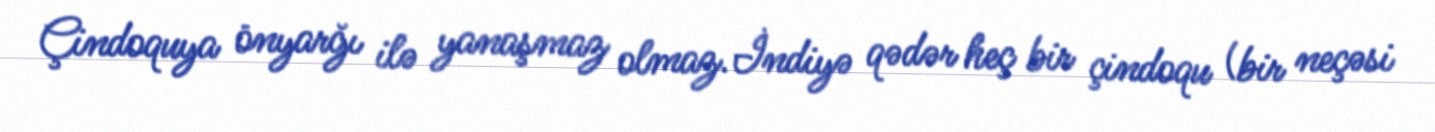
Çindoquya önyarğı ilə yanaşmaz olmaz.İndiyə qədər heç bir çindoqu (bir neçəsi